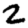
Digit: 2